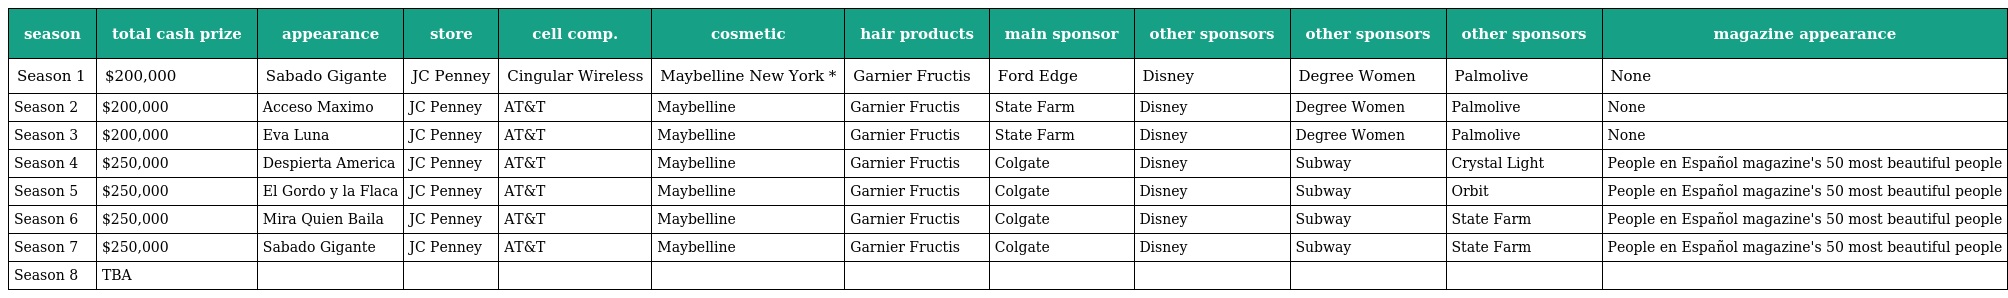
| season | total cash prize | appearance | store | cell comp. | cosmetic | hair products | main sponsor | other sponsors | other sponsors | other sponsors | magazine appearance |
 | --- | --- | --- | --- | --- | --- | --- | --- | --- | --- | --- | --- |
 | Season 1 | $200,000 | Sabado Gigante | JC Penney | Cingular Wireless | Maybelline New York * | Garnier Fructis | Ford Edge | Disney | Degree Women | Palmolive | None |
 | Season 2 | $200,000 | Acceso Maximo | JC Penney | AT&T | Maybelline | Garnier Fructis | State Farm | Disney | Degree Women | Palmolive | None |
 | Season 3 | $200,000 | Eva Luna | JC Penney | AT&T | Maybelline | Garnier Fructis | State Farm | Disney | Degree Women | Palmolive | None |
 | Season 4 | $250,000 | Despierta America | JC Penney | AT&T | Maybelline | Garnier Fructis | Colgate | Disney | Subway | Crystal Light | People en Español magazine's 50 most beautiful people |
 | Season 5 | $250,000 | El Gordo y la Flaca | JC Penney | AT&T | Maybelline | Garnier Fructis | Colgate | Disney | Subway | Orbit | People en Español magazine's 50 most beautiful people |
 | Season 6 | $250,000 | Mira Quien Baila | JC Penney | AT&T | Maybelline | Garnier Fructis | Colgate | Disney | Subway | State Farm | People en Español magazine's 50 most beautiful people |
 | Season 7 | $250,000 | Sabado Gigante | JC Penney | AT&T | Maybelline | Garnier Fructis | Colgate | Disney | Subway | State Farm | People en Español magazine's 50 most beautiful people |
 | Season 8 | TBA |  |  |  |  |  |  |  |  |  |  |